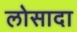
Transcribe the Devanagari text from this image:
लोसादा